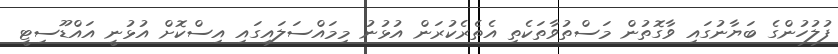
ފުލުހުންގެ ބަޔާނުގައި ވާގޮތުން މަސްތުވާތަކެތި އެތެރެކުރަން އުޅުނު މިމައްސަލައިގައި އިސްކޮށް އުޅުނީ އައްޑޫސިޓީ